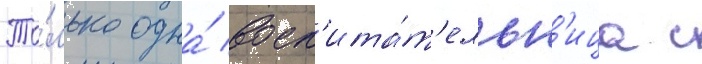
То́лько одна́ восп'ита́т'ельн'ица с